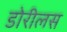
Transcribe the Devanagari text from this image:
डोरीलस